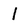
Character: 1